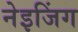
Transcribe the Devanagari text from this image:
नेइजिंग